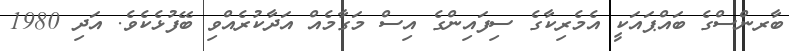
ބާރންސްގެ ބައްޕައަކީ އެމެރިކާގެ ސިފައިންގެ އިސް މަގާމެއް އަދާކުރެއްވި ބޭފުޅެކެވެ. އަދި 1980